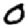
Digit: 0